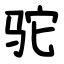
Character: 驼